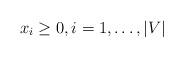
LaTeX: \begin{align*}x_i \ge 0 ,i = 1, \ldots ,|V|\end{align*}